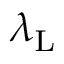
\protect \lambda _ { \mathrm { L } }